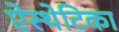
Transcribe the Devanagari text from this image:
ऐस्थेटिका